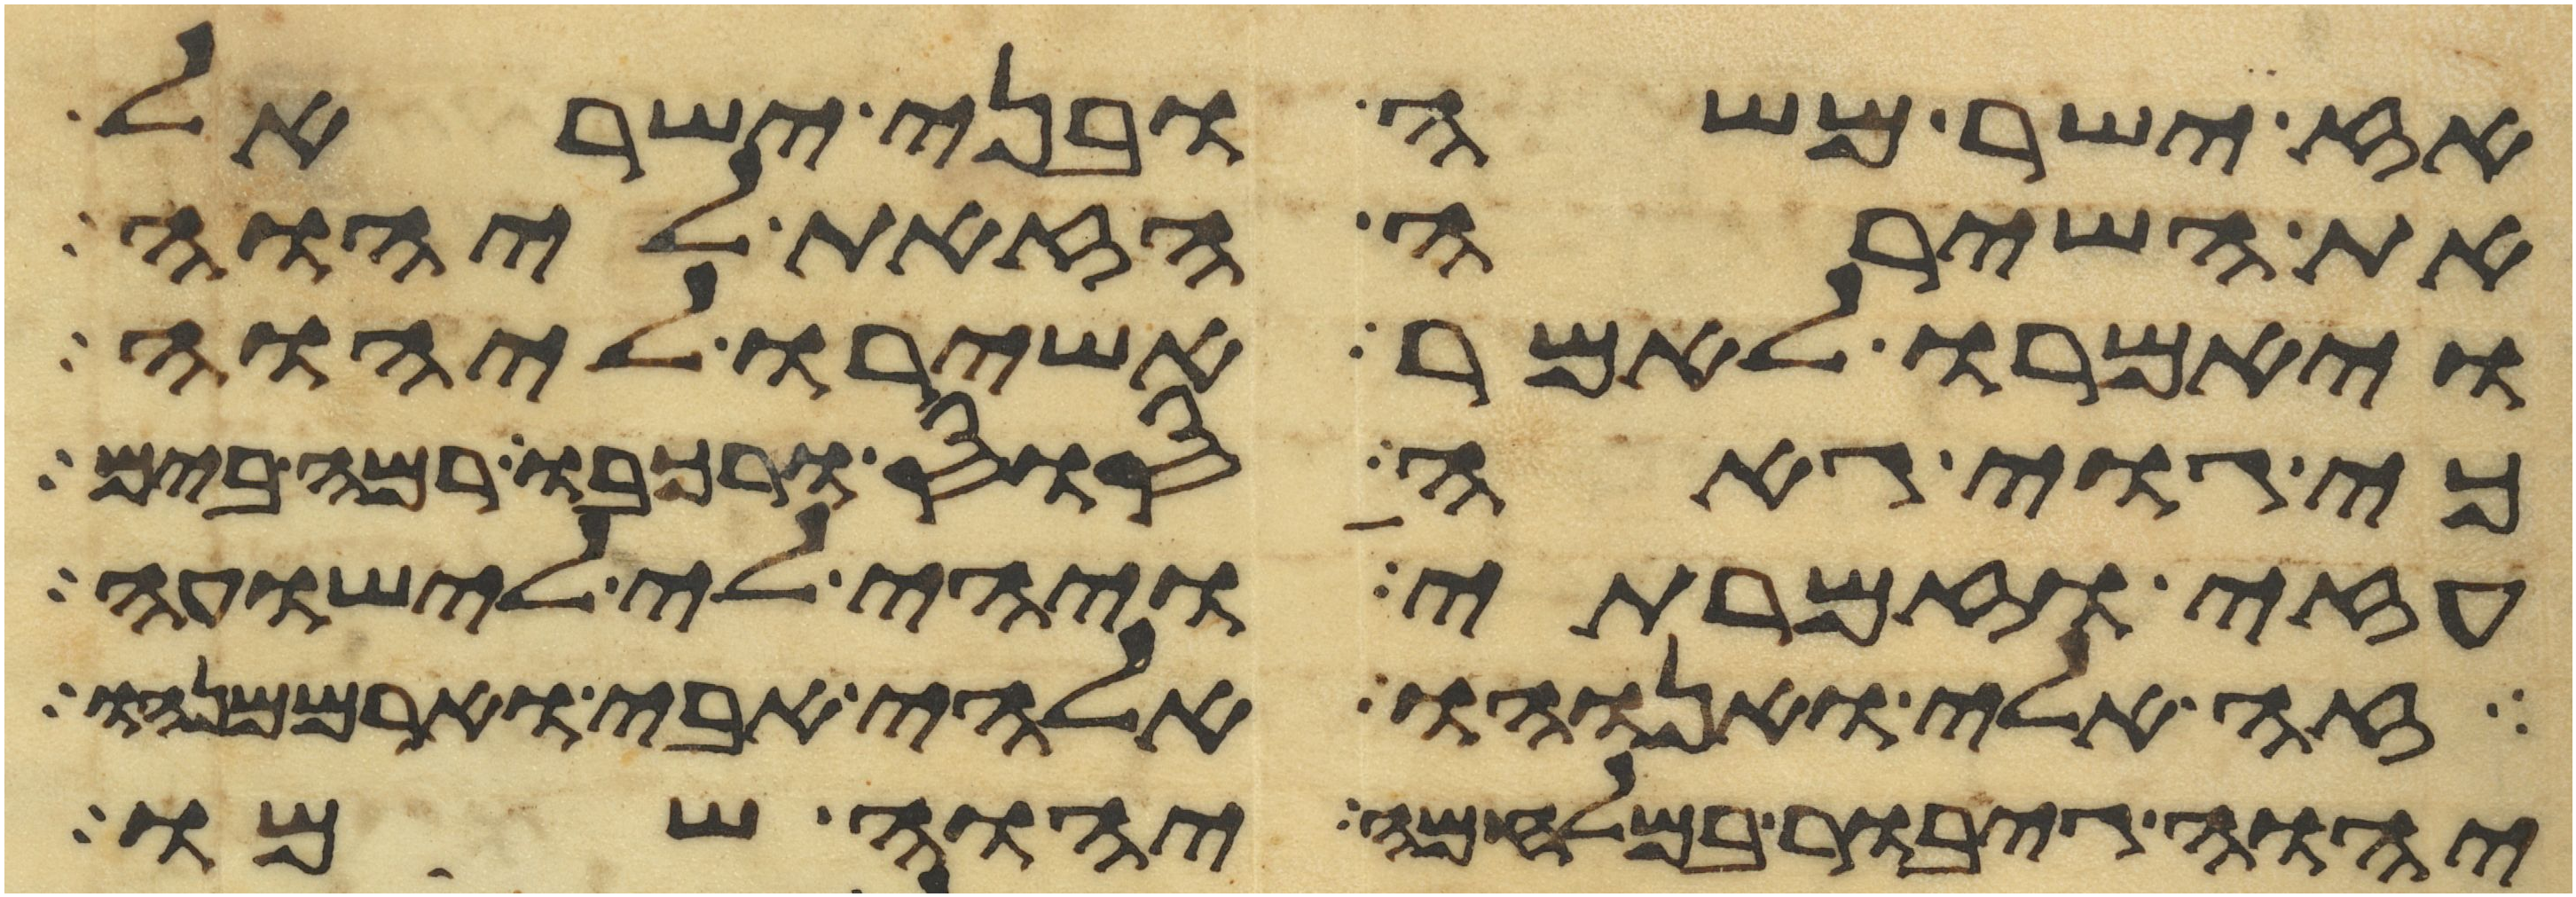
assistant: אז ישר משה ובני ישראל
את השירה הזאת ליהוה
ויאמרו לאמר אשירו ליהוה
כי גוי גאה סוס ורכבו רמה בים
עזי וזמרתי ויהי לי לישועה
זה אלי ואנוהו אלהי אבי וארממנהו
יהוה גיבור במלחמה יהוה שמו